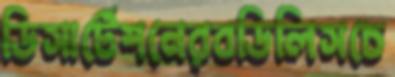
ডিসার্টেশনেরবডিলিসচে